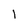
Character: l